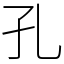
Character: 孔